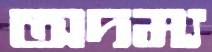
অদম্য